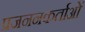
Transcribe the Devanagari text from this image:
प्रजननकर्ताओं